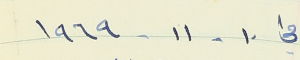
في ١٠ - ١١ -١٩٦٩